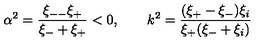
\alpha ^ { 2 } = \frac { \xi _ { -- } \xi _ { + } } { \xi _ { - } + \xi _ { + } } < 0 , \qquad k ^ { 2 } = \frac { ( \xi _ { + } - \xi _ { - } ) \xi _ { i } } { \xi _ { + } ( \xi _ { - } + \xi _ { i } ) }